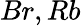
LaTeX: Br,Rb